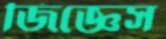
জিজ্ঞেস